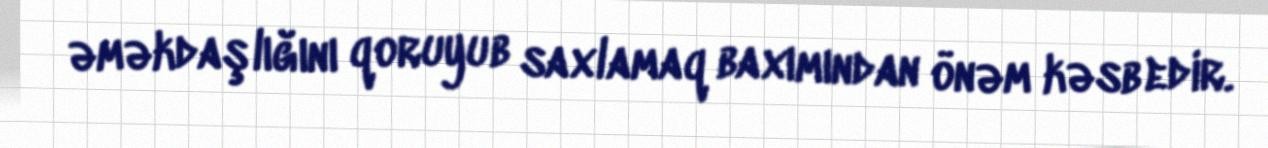
əməkdaşlığını qoruyub saxlamaq baxımından önəm kəsb edir.